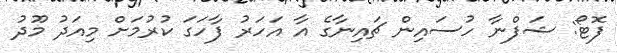
ފޮޓޯ: ޝަފްނާ ހުސައިން ޗައިނާގެ އާ އަހަރު ފާހަގަ ކުރުމަށް މިއަދު މޫދު